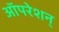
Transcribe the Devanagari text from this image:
ऑपरेशन्